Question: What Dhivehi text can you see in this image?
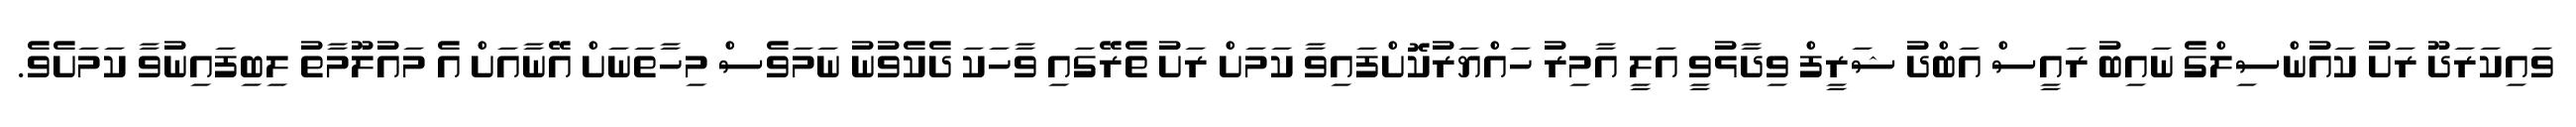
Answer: ވައިކަރަދޫ ރަށު ކައުންސިލްގެ ނައިބު ރައީސް އަބްދު ޝަރީފް ވިދާޅުވީ އަލީ އާމިރު ހައްޔަރުކޮށްފައިވާ ކަމަށް ރަށު ތެރޭގައި ވާހަކަ ދެކެވުނު ނަމަވެސް މިހާތަނަށް އޭނާއަށް އެ މައުލޫމާތު ލިބިފައިނުވާ ކަމަށެވެ.